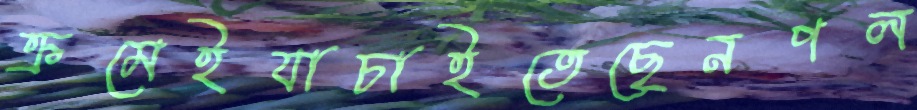
ক্রমেইযাচাইতেছেনপল